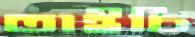
তাইচি